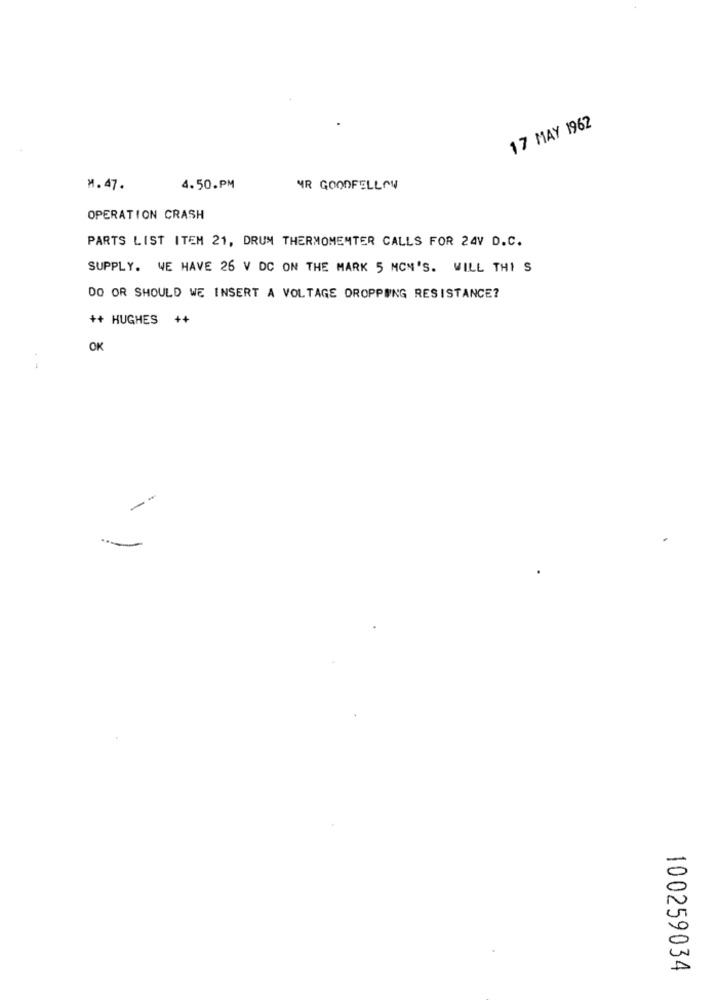
17 MAY 1962
M. 47.
4.50.PM
MR GOODFELLOW
OPERATION CRASH
PARTS LIST ITEM 21, DRUM THERMOMENTER CALLS FOR 24V D.C.
SUPPLY. WE HAVE 26 V DC ON THE MARK 5 MCN'S. WILL THI S
DO OR SHOULD WE INSERT A VOLTAGE DROPPING RESISTANCE?
++ HUGHES ++
OK
--
100259034